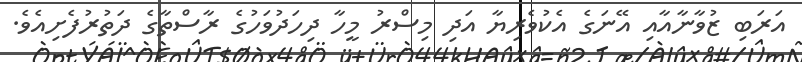
އަރަބި ޒުވާނާއާއި އޭނަގެ އެކުވެރިޔާ އަދި މިސްރު މީހާ ދިހަދުވަހުގެ ރާސްތާގެ ދަތުރުފެށިއެވެ.